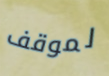
لموقف